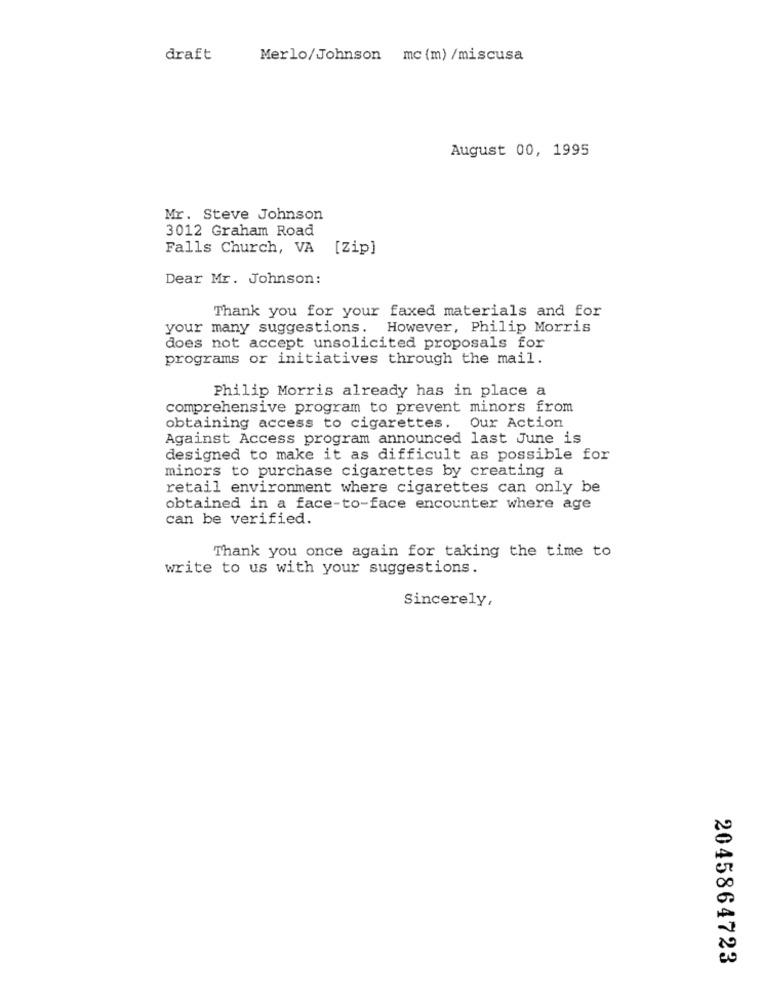
draft
Merlo/Johnson mc (m) /miscusa
August 00, 1995
Mr. Steve Johnson
3012 Graham Road
Falls Church, VA [Zip]
Dear Mr. Johnson:
Thank you for your faxed materials and for
your many suggestions. However, Philip Morris
does not accept unsolicited proposals for
programs or initiatives through the mail.
Philip Morris already has in place a
comprehensive program to prevent minors from
obtaining access to cigarettes. Our Action
Against Access program announced last June is
designed to make it as difficult as possible for
minors to purchase cigarettes by creating a
retail environment where cigarettes can only be
obtained in a face-to-face encounter where age
can be verified.
Thank you once again for taking the time to
write to us with your suggestions.
Sincerely,
2045864723